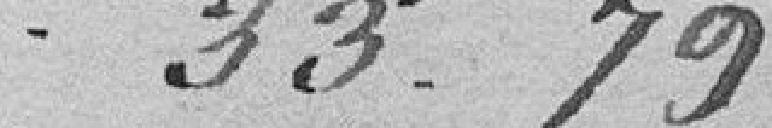
33.79